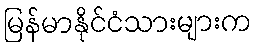
မြန်မာနိုင်ငံသားများက